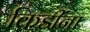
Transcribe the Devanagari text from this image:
किडींना